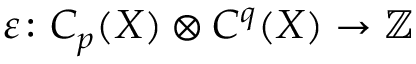
\varepsilon \colon C _ { p } ( X ) \otimes C ^ { q } ( X ) \to \mathbb { Z }